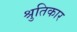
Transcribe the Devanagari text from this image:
श्रुतिकार